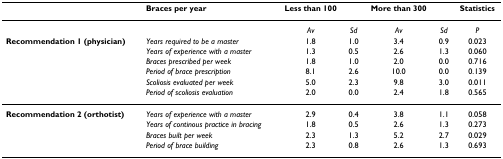
<table><thead><tr><td></td><td><b>Braces per year</b></td><td><b>Less than 100</b></td><td></td><td><b>More than 300</b></td><td></td><td><b>Statistics</b></td></tr></thead><tbody><tr><td></td><td></td><td><i>Av</i></td><td><i>Sd</i></td><td><i>Av</i></td><td><i>Sd</i></td><td><i>P</i></td></tr><tr><td><b>Recommendation 1 (physician)</b></td><td><i>Years required to be a master</i></td><td>1.8</td><td>1.0</td><td>3.4</td><td>0.9</td><td>0.023</td></tr><tr><td></td><td><i>Years of experience with a master</i></td><td>1.3</td><td>0.5</td><td>2.6</td><td>1.3</td><td>0.060</td></tr><tr><td></td><td><i>Braces prescribed per week</i></td><td>1.8</td><td>1.0</td><td>2.0</td><td>0.0</td><td>0.716</td></tr><tr><td></td><td><i>Period of brace prescription</i></td><td>8.1</td><td>2.6</td><td>10.0</td><td>0.0</td><td>0.139</td></tr><tr><td></td><td><i>Scoliosis evaluated per week</i></td><td>5.0</td><td>2.3</td><td>9.8</td><td>3.0</td><td>0.011</td></tr><tr><td></td><td><i>Period of scoliosis evaluation</i></td><td>2.0</td><td>0.0</td><td>2.4</td><td>1.8</td><td>0.565</td></tr><tr><td><b>Recommendation 2 (orthotist)</b></td><td><i>Years of experience with a master</i></td><td>2.9</td><td>0.4</td><td>3.8</td><td>1.1</td><td>0.058</td></tr><tr><td></td><td><i>Years of continous practice in bracing</i></td><td>1.8</td><td>0.5</td><td>2.6</td><td>1.3</td><td>0.273</td></tr><tr><td></td><td><i>Braces built per week</i></td><td>2.3</td><td>1.3</td><td>5.2</td><td>2.7</td><td>0.029</td></tr><tr><td></td><td><i>Period of brace building</i></td><td>2.3</td><td>0.8</td><td>2.6</td><td>1.3</td><td>0.693</td></tr></tbody></table>